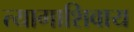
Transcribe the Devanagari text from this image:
त्यागाशिवाय